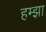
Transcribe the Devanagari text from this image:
हम्झा